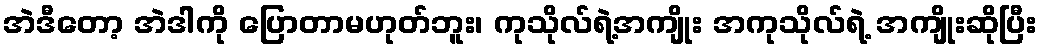
အဲဒီတော့ အဲဒါကို ပြောတာမဟုတ်ဘူး၊ ကုသိုလ်ရဲ့အကျိုး အကုသိုလ်ရဲ့ အကျိုးဆိုပြီး